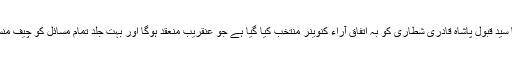
دوسرا اعلی سطحی مشاورتی جلاس کے انعقاد کے لیے مولانا سید قبول پاشاہ قادری شطاری کو بہ اتفاق آراء کنوینر منتخب کیا گیا ہے جو عنقریب منعقد ہوگا اور بہت جلد تمام مسائل کو چیف منسٹر سے رجوع کیا جائے گا جو کہ دائرہ کے صدر نشین ہیں ۔